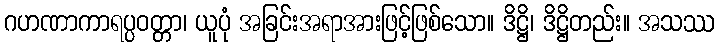
ဂဟဏာကာရပ္ပဝတ္တာ၊ ယူပုံ အခြင်းအရာအားဖြင့်ဖြစ်သော။ ဒိဋ္ဌိ၊ ဒိဋ္ဌိတည်း။ အသဿ